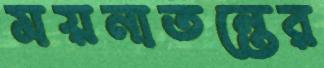
ময়নাতন্তের